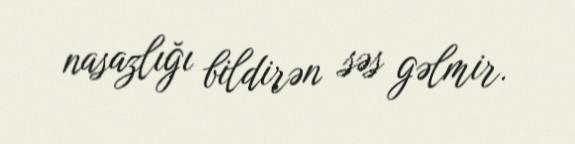
nasazlığı bildirən səs gəlmir.